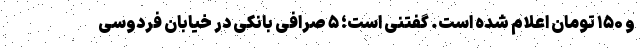
و ۱۵۰ تومان اعلام شده است. گفتنی است؛ ۵ صرافی بانکی در خیابان فردوسی